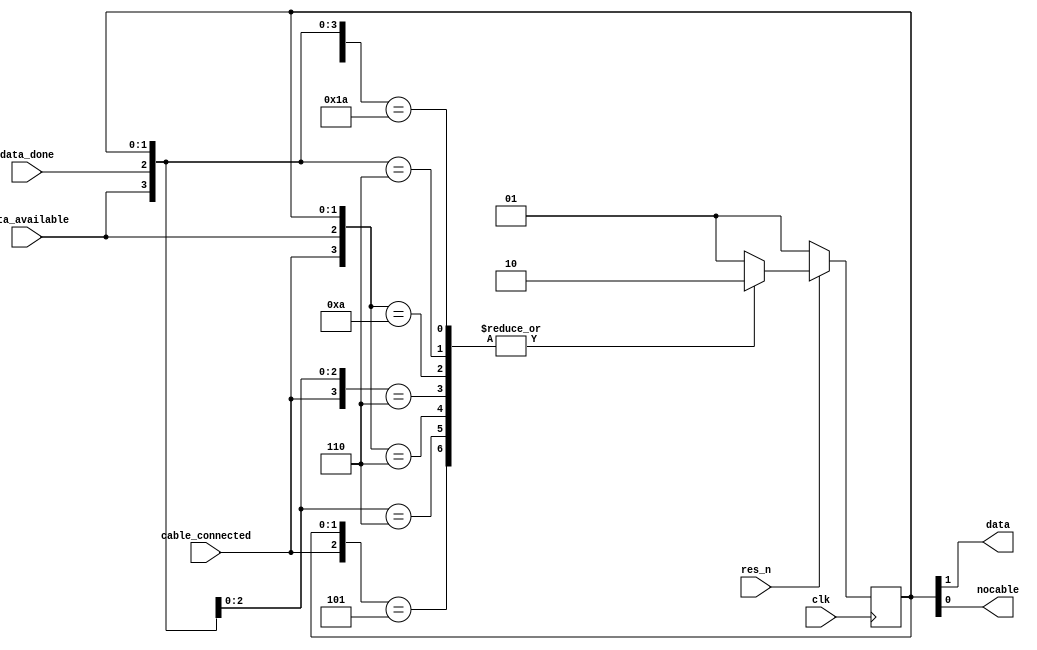
/**
 reg fsm_cable_connected;
reg fsm_data_available;
reg fsm_data_done;

wire fsm_data;
wire fsm_nocable;

igress_fsm igress_fsm_I (

    .clk(), 
    .res_n(), 
	//-- Inputs
	.cable_connected(fsm_cable_connected), 
	.data_available(fsm_data_available), 
	.data_done(fsm_data_done), 

	//-- Outputs
	.data(fsm_data), 
	.nocable(fsm_nocable)
);

 */
module igress_fsm ( 
    input wire clk, 
    input wire res_n, 

    // Inputs
    //------------ 
    input wire cable_connected, 
    input wire data_available, 
    input wire data_done, 

    // Outputs
    //------------ 
    output wire data, 
    output wire nocable
 );

localparam WAIT_CABLE = 2'b01;
localparam DATA = 2'b10;

reg [1:0] current_state, next_state;
assign {data, nocable} = current_state;

wire [2:0] inputvector;
assign inputvector = {cable_connected, data_available, data_done};


always @(*) begin
  casex({inputvector, current_state})
    {3'b0x1, WAIT_CABLE},
    {3'b01x, WAIT_CABLE}:   next_state = WAIT_CABLE;
    {3'b1xx, WAIT_CABLE}:   next_state = DATA;
    {3'bx01, DATA},
    {3'b10x, DATA},
    {3'b0x1, DATA},
    {3'b01x, DATA},
    {3'bxx1, DATA}:   next_state = DATA;
    {3'b110, DATA}:   next_state = DATA;
    {3'b000, 2'bxx}:   next_state = WAIT_CABLE;
    default:  next_state = WAIT_CABLE;
  endcase
end

`ifdef ASYNC_RES
 always @(posedge clk or negedge res_n ) begin
`else
 always @(posedge clk) begin
`endif
    if (!res_n)
    begin
        current_state <= WAIT_CABLE;
    end
    else begin
        current_state <= next_state;
    end
end

`ifdef CAG_COVERAGE
// synopsys translate_off

	// State coverage
	//--------

	//-- Coverage group declaration
	covergroup cg_states @(posedge clk);
		states : coverpoint current_state {
			bins WAIT_CABLE = {WAIT_CABLE};
			bins DATA = {DATA};
		}
	endgroup : cg_states

	//-- Coverage group instanciation
	cg_states state_cov_I;
	initial begin
		state_cov_I = new();
		state_cov_I.set_inst_name("state_cov_I");
	end

	// Transitions coverage
	//--------

	tc_trans_1: cover property( @(posedge clk) disable iff (!res_n)(inputvector ==? 3'b1xx) &&(current_state == WAIT_CABLE)|=> (current_state == DATA));

	tc_trans_7_default: cover property( @(posedge clk) disable iff (!res_n) (current_state == DATA)|=> (current_state == DATA) );

	tc_trans_8_default: cover property( @(posedge clk) disable iff (!res_n) (current_state == WAIT_CABLE)|=> (current_state == WAIT_CABLE) );

// synopsys translate_on
`endif


endmodule